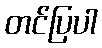
တင်ပြပါ